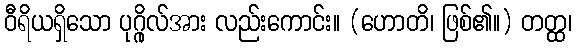
ဝီရိယရှိသော ပုဂ္ဂိုလ်အား လည်းကောင်း။ (ဟောတိ၊ ဖြစ်၏။) တတ္ထ၊